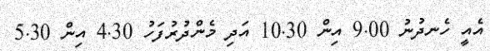
އެއީ ހެނދުނު 9.00 އިން 10.30 އަދި މެންދުރުފަހު 4.30 އިން 5.30